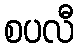
စပလီ